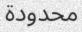
محدودة